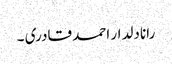
رانا دلدار احمد قادری ۔